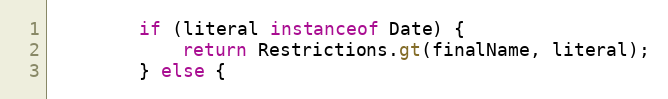
Language: Java
		if (literal instanceof Date) {
			return Restrictions.gt(finalName, literal);
		} else {